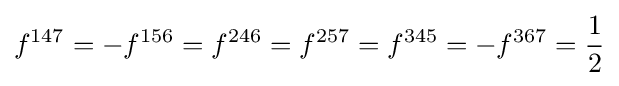
f^{147}=-f^{156}=f^{246}=f^{257}=f^{345}=-f^{367}={\frac {1}{2}}